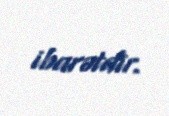
ibarətdir.